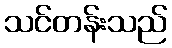
သင်တန်းသည်